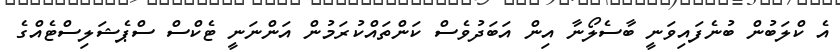
އެ ކްލަބުން ބުނެފައިވަނީ ބާސެލޯނާ އިން އަބަދުވެސް ކަންތައްކުރަމުން އަންނަނީ ޓެކްސް ސްޕެޝަލިސްޓެއްގެ